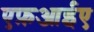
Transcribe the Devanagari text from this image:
एफ़आईए